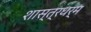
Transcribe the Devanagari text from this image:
शास्त्रधर्म